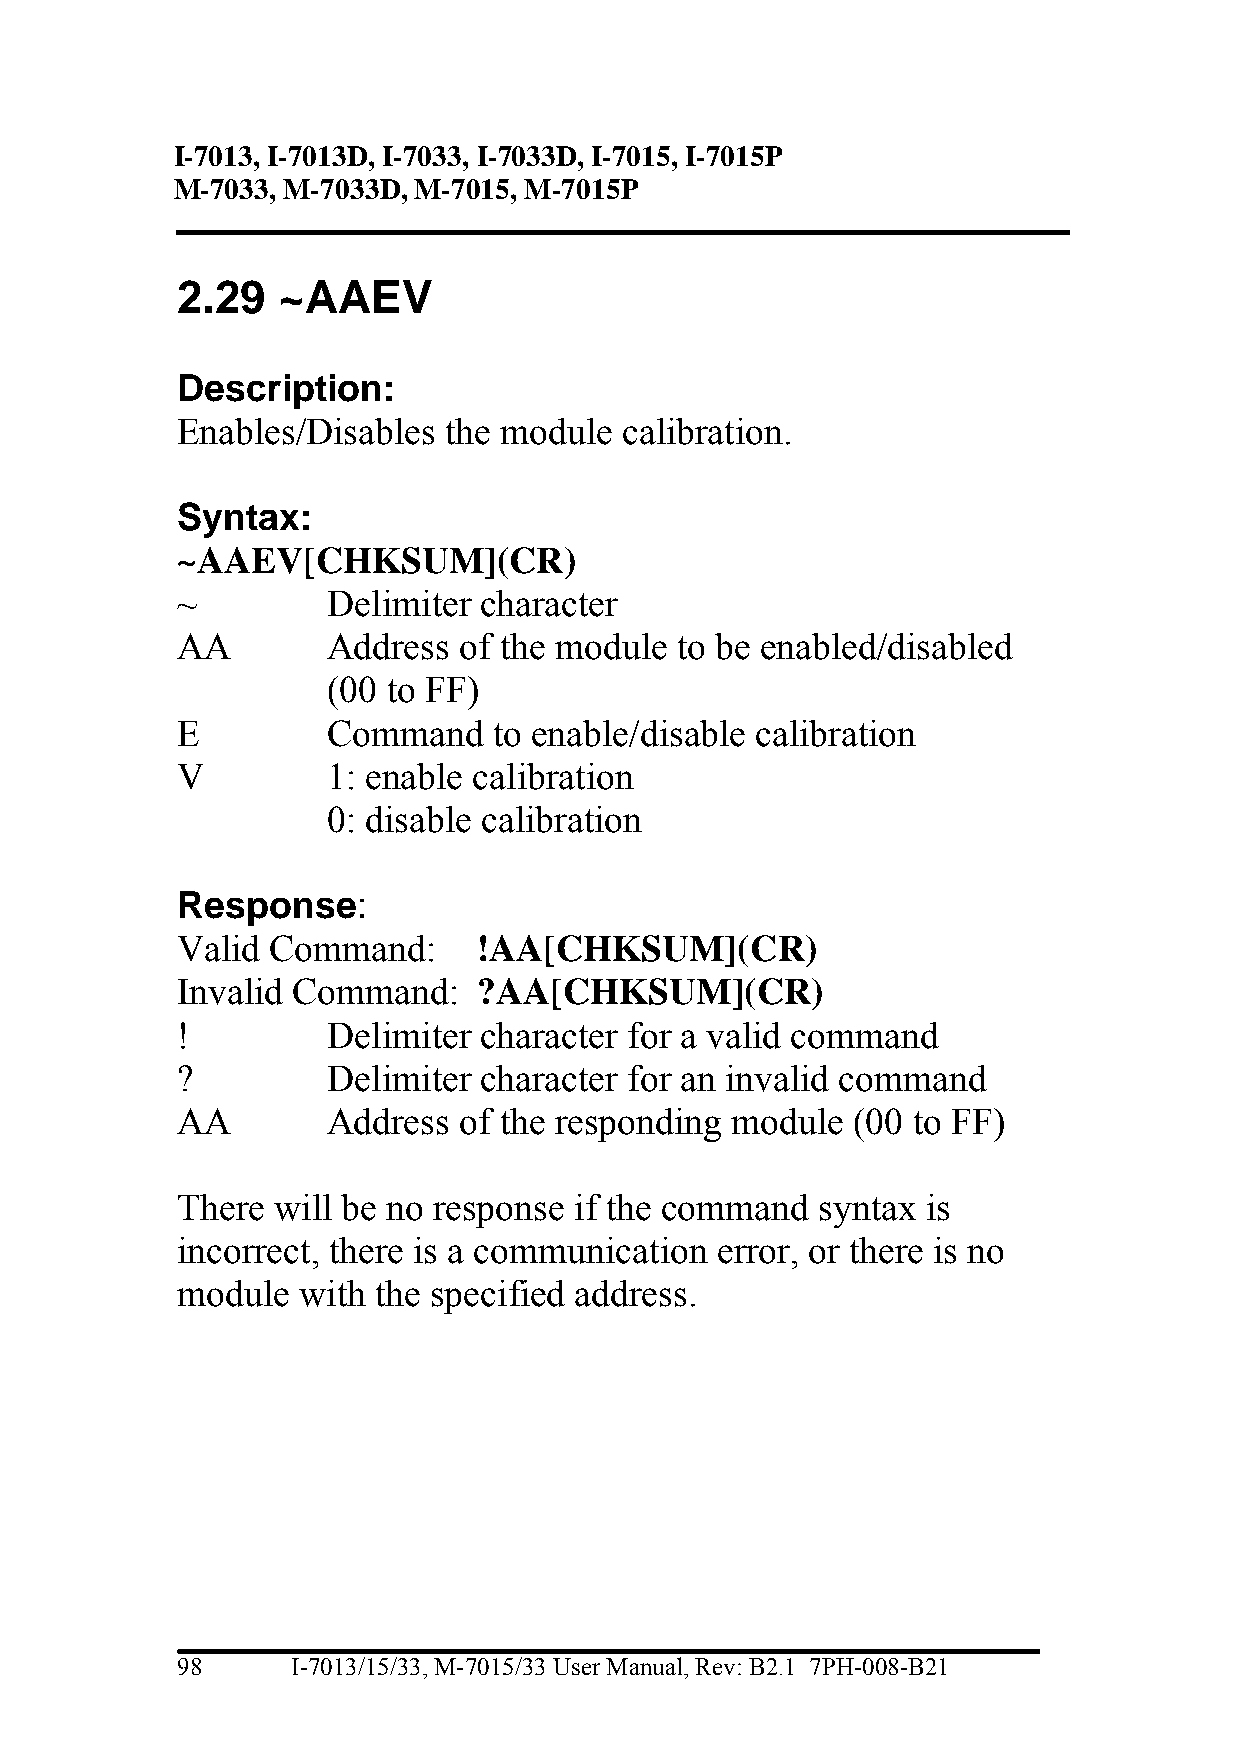
I-7013, I-7013D, I-7033, I-7033D, I-7015, I-7015P
 M-7033, M-7033D, M-7015, M-7015P
 2.29  ~AAEV
 Description:
 Enables/Disables the module  calibration.
 Syntax:
 ~AAEV[CHKSUM](CR)
 ~         Delimiter character
 AA        Address of the module  to be enabled/disabled
 (00 to FF)
 E         Command    to enable/disable calibration
 V         1: enable calibration
 0: disable calibration
 Response:
 Valid Command:      !AA[CHKSUM](CR)
 Invalid Command:    ?AA[CHKSUM](CR)
 !         Delimiter character for a valid command
 ?         Delimiter character for an invalid command
 AA        Address of the responding module  (00 to FF)
 There will be no response if the command  syntax is
 incorrect, there is a communication error, or there is no
 module  with the specified address.
 98     I-7013/15/33, M-7015/33 User Manual, Rev: B2.1 7PH-008-B21